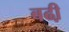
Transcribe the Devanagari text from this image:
बढी़